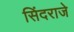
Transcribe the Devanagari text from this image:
सिंदराजे